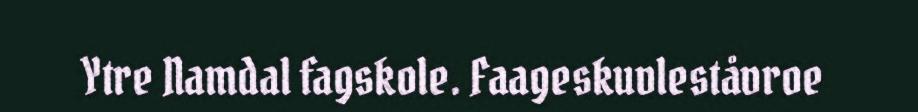
Ytre Namdal fagskole. Faageskuvleståvroe